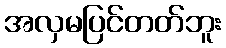
အလှမပြင်တတ်ဘူး